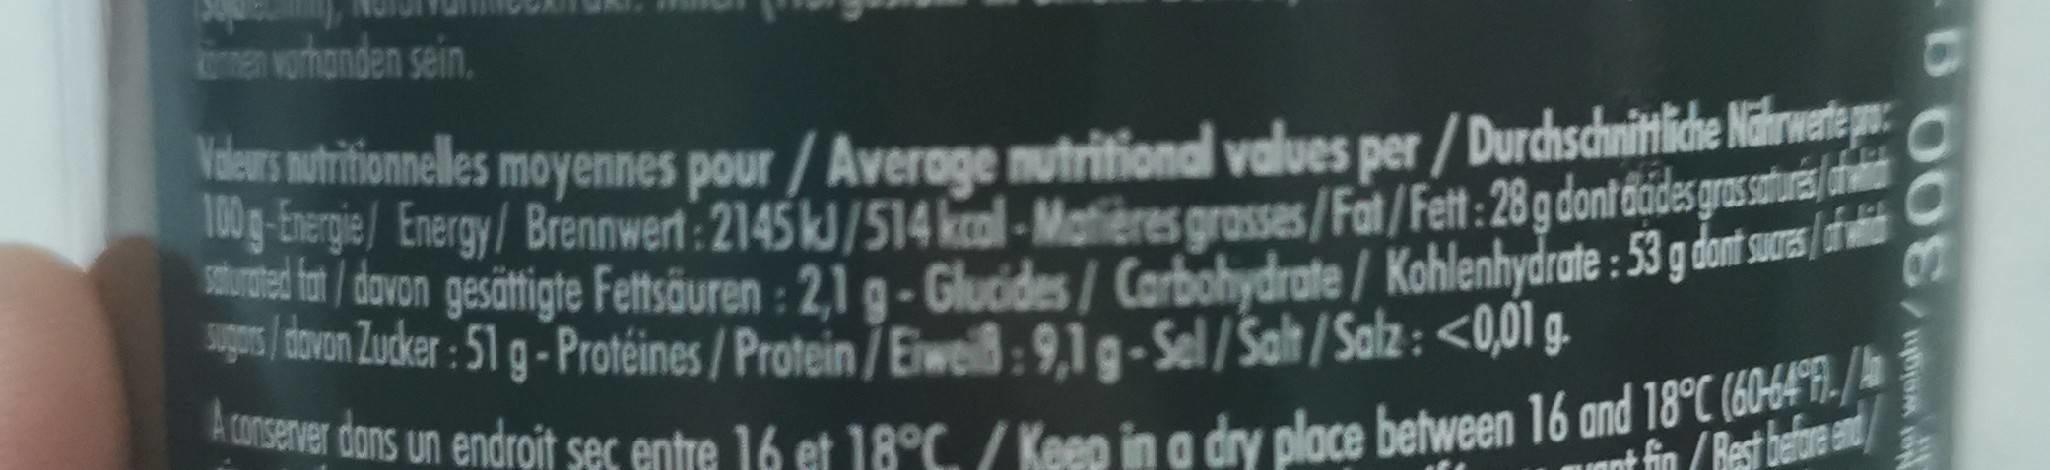
men vorhonden sein.
ers nutritioeles moyennes pour /Average mutritional values per / Durchschnitliche Nährwetep g-Energie/ Energy/Brennwert: 2145 kJ/514 kcal - Matières grasses/Fat/Fett: 28 gdontdcidesgrasstua / dovon gesättigte Fettsäuren : 2,1 g - Glucides/ Corbohydrate/ Kohlenhydrate : 53 g dot sus| dovon Zudker : 51 g -Protéines / Protein /Eiweil:9,1g- Sel/Salt / Salz : <0,01 g.
Aconserver dons un endroit sec entre 16 et 18°C. / Keep in a dry place between 16 and 18°C (60-64"7). /
ont fin /Best batore at
H waight/